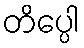
တိပ္ပေါ